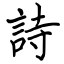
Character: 詩